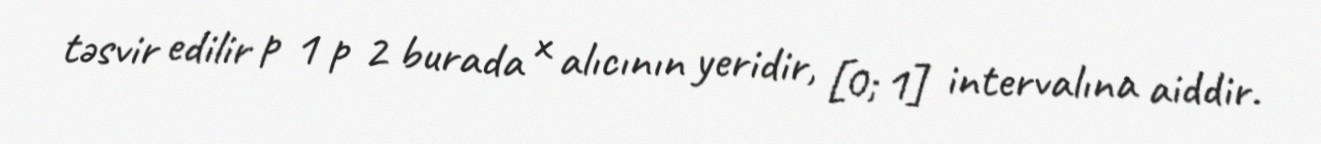
təsvir edilir p 1 p 2 burada x alıcının yeridir, [0; 1] intervalına aiddir.